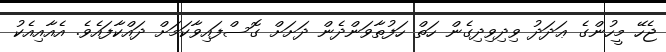
ޖެހޭ މީހުންގެ ޢަދަދު ވިދިވިދިގެން ހަތް ހަފުތާވަންދެން ދަށަށް ގޮސްފައިވާކަމަށް ދައްކާފައެވެ. އެއާއިއެކު